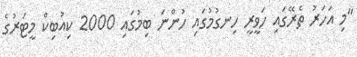
"މި އަހަރު ތެރޭގައި ހަވީރީ ހިނގުމުގައި ހުންނަ ބިމުގައި 2000 ކިއުބިކް މީޓަރުގެ